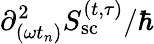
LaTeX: {\partial_{(\omega t_{n})}^{2}S_{\mathrm{sc}}^{(t,\tau)}}/\hbar